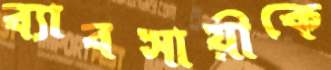
ব্যাবসায়ীকে